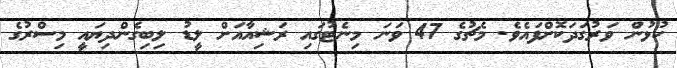
ކުޅުން ވަރުގަދަކޮށްފައެވެ. މެޗުގެ 47 ވަނަ މިނެޓުގައި ރަޝިއާއަށް ލީޑު ލިބިގެންދިޔައީ މިސްރުގެ